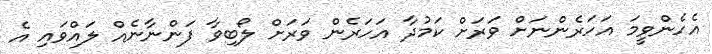
އެހެންވީމަ އަހަރެންނަށް ވަރަށް ކަމުދާ އަހަރެން ވަރަށް ލޯބިވާ ފަންނާނެއް ލައްވައި އެ